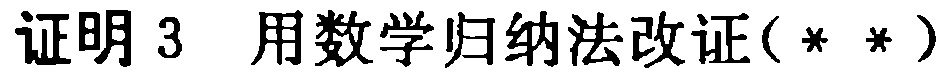
证明 3 用数学归纳法改证(**)